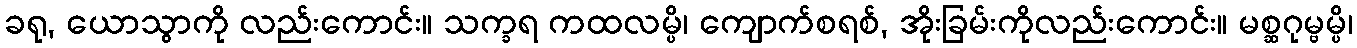
ခရု, ယောသွာကို လည်းကောင်း။ သက္ခရ ကထလမ္ပိ၊ ကျောက်စရစ်, အိုးခြမ်းကိုလည်းကောင်း။ မစ္ဆဂုမ္ဗမ္ပိ၊